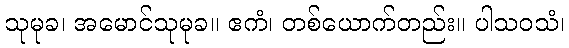
သုမုခ၊ အမောင်သုမုခ။ ဧကံ၊ တစ်ယောက်တည်း။ ပါသဝသံ၊